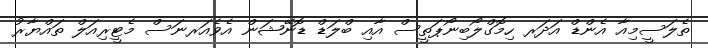
ތެލަސީމިއާ އެންޑް އަދަރ ހިމޮގްލޯބިނޯޕަތީސް އާއި ބްލަޑް ޑޮނޭޝަން އެވެއަރނަސް މެޓީރިއަލް ތައްޔާރު